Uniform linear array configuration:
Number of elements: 64
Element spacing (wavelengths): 0.5
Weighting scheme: blackman
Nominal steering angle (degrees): -45
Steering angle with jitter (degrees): -45.069
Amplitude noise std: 0.05
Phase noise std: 0.05

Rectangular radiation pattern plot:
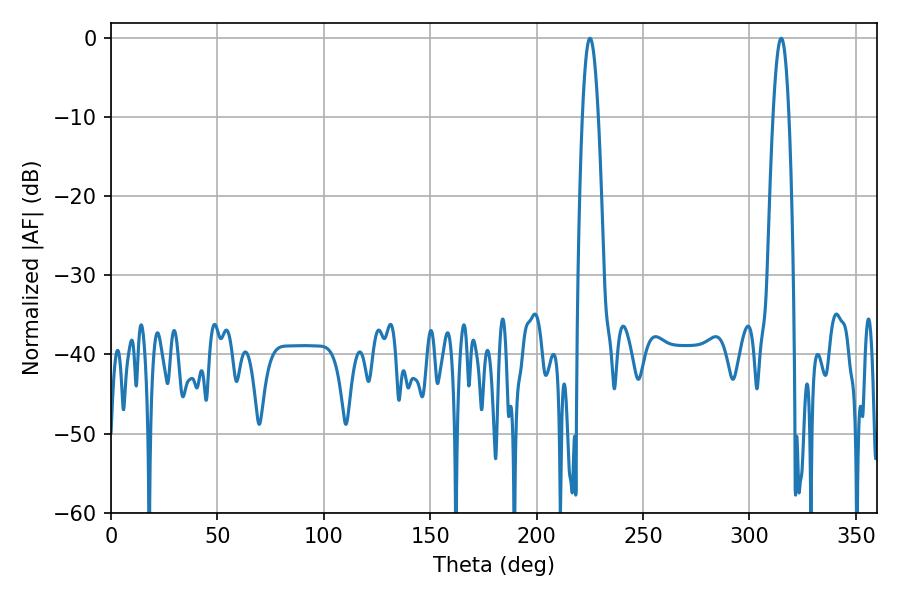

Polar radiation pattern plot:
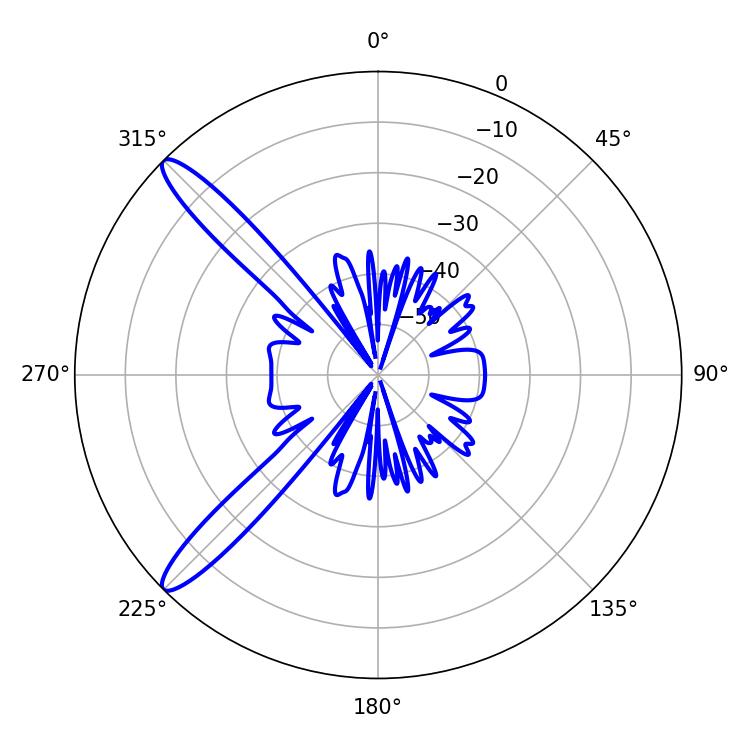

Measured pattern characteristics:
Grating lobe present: FALSE
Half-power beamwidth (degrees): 4.14
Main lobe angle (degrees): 225